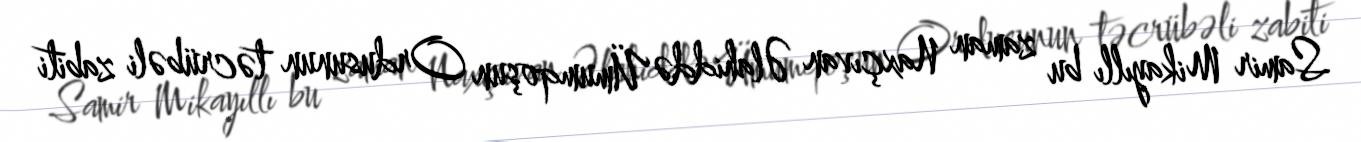
Samir Mikayıllı bu zaman Naxçıvan Əlahiddə Ümumqoşun Ordusunun təcrübəli zabiti